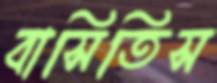
বাসিতিস